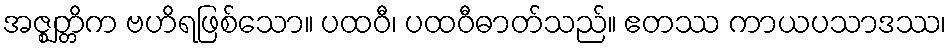
အဇ္ဈတ္တိက ဗဟိရဖြစ်သော။ ပထဝီ၊ ပထဝီဓာတ်သည်။ ဧတဿ ကာယပသာဒဿ၊